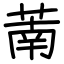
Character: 萳